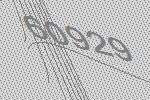
60929